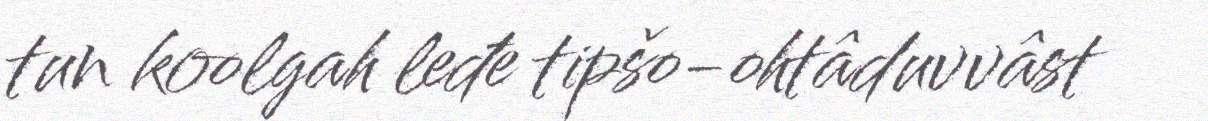
tun koolgah leđe tipšo-ohtâduvvâst